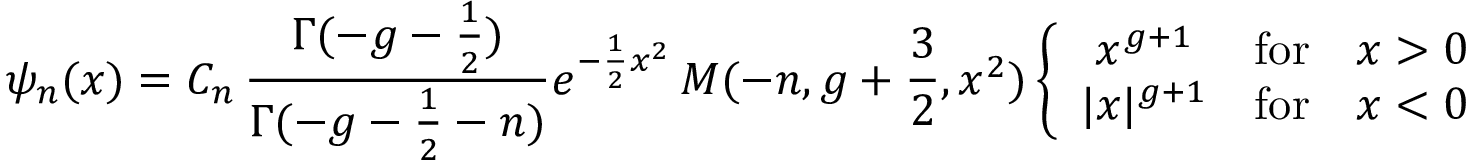
\psi _ { n } ( x ) = C _ { n } \, \frac { \Gamma ( - g - { \frac { 1 } { 2 } } ) } { \Gamma ( - g - { \frac { 1 } { 2 } } - n ) } e ^ { - { \frac { 1 } { 2 } } x ^ { 2 } } \, M ( - n , g + { \frac { 3 } { 2 } } , x ^ { 2 } ) \left\{ \begin{array} { c l l } { { x ^ { g + 1 } } } & { { \mathrm { f o r } } } & { { x > 0 } } \\ { { | x | ^ { g + 1 } } } & { { \mathrm { f o r } } } & { { x < 0 } } \end{array} \right.